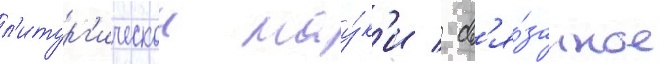
л'итург'ическои нау́к'и / св'я́занное